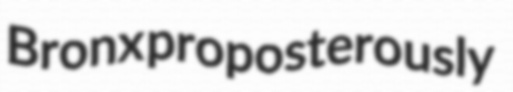
Bronx proposterously